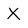
Character: X